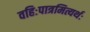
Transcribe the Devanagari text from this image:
वहिःपात्रमित्यर्थः